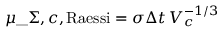
\mu \_ { \Sigma , c , \mathrm { R a e s s i } } = \sigma \Delta t \, V _ { c } ^ { - 1 / 3 }